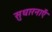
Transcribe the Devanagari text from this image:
सुधारनाएँ